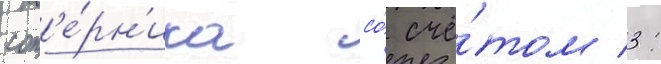
соп'е́рн'ика со́ счё́том 3: